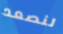
لنصعد